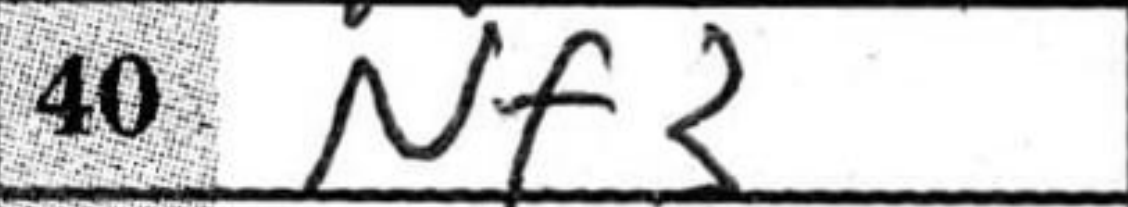
Transcription: Nf3